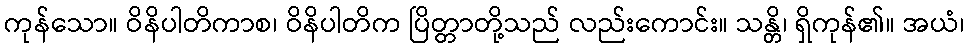
ကုန်သော။ ဝိနိပါတိကာစ၊ ဝိနိပါတိက ပြိတ္တာတို့သည် လည်းကောင်း။ သန္တိ၊ ရှိကုန်၏။ အယံ၊